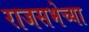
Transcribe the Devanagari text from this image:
राजसभेच्या